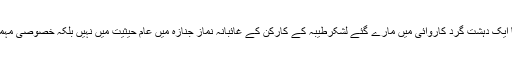
فلاح و بہبود اور امدادی سرگرمیاں کرنے والے کارکن کا ایک دہشت گرد کاروائی میں مارے گئے لشکرطیبہ کے کارکن کے غائبانہ نماز جنازہ میں عام حیثیت میں نہیں بلکہ خصوصی مہمان کے طور پر شرکت کی منطق سمجھنے سے باہر ہے۔